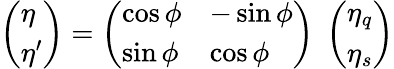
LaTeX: \left(\begin{array}{l}{{\eta}}\\ {{\eta^{\prime}}}\end{array}\right)=\left(\begin{array}{ll}{{\cos\phi}}&{{-\sin\phi}}\\ {{\sin\phi}}&{{\cos\phi}}\end{array}\right)\; \left(\begin{array}{l}{{\eta_{q}}}\\ {{\eta_{s}}}\end{array}\right)